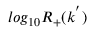
l o g _ { 1 0 } R _ { + } ( k ^ { ' } )